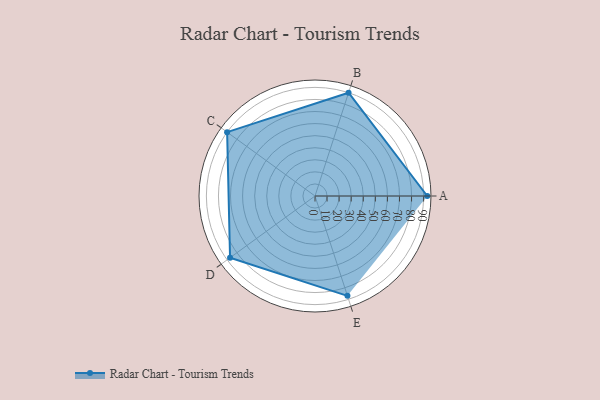
{"axis": {"x": "Skill", "y": "Score"}, "legend": ["Profile"], "data": [{"x": "A", "y": 93.0, "type": "Profile"}, {"x": "B", "y": 90.0, "type": "Profile"}, {"x": "C", "y": 90.0, "type": "Profile"}, {"x": "D", "y": 87.0, "type": "Profile"}, {"x": "E", "y": 87.0, "type": "Profile"}]}